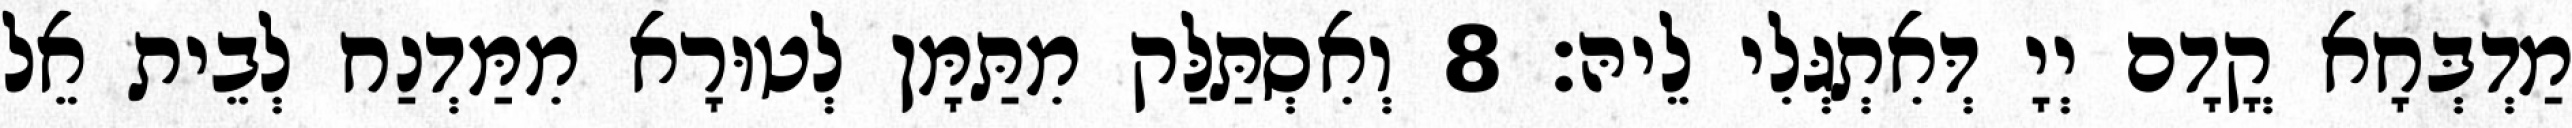
מַדְבְּחָא קֳדָם יְיָ דְּאִתְגְּלִי לֵיהּ׃ 8 וְאִסְתַּלַּק מִתַּמָּן לְטוּרָא מִמַּדְנַח לְבֵית אֵל